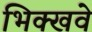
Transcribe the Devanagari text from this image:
भिक्खवे